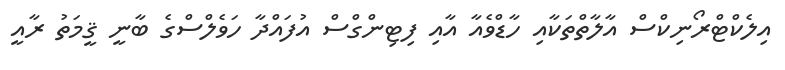
އިލެކްޓްރޯނިކްސް އާލާތްތަކާއި ހާޑްވެއާ އާއި ފިޓިންގްސް އުފައްދާ ހަވެލްސްގެ ބާނީ ޤީމަތު ރާއީ